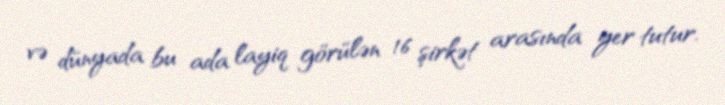
və dünyada bu ada layiq görülən 16 şirkət arasında yer tutur.